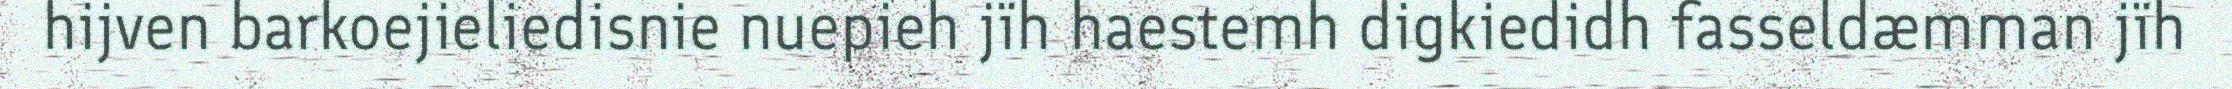
hijven barkoejieliedisnie nuepieh jïh haestemh digkiedidh fasseldæmman jïh